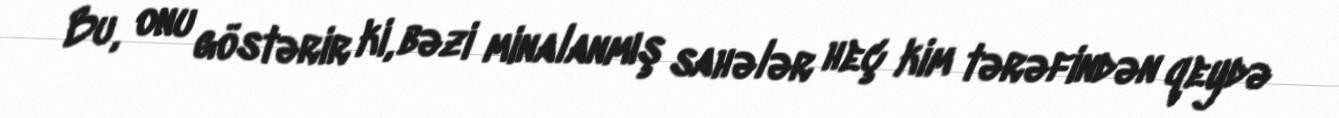
Bu, onu göstərir ki, bəzi minalanmış sahələr heç kim tərəfindən qeydə